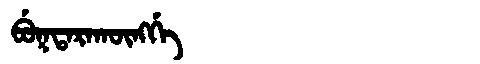
Manchu: ᠪᡠᡴᡨᠠᡵᠠᡴᡡᠩᡤᡝ
Romanization: BUKTARAKŪNGGE